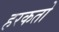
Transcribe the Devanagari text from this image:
हरकतो